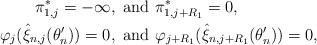
LaTeX: \begin{align*}\pi^*_{1,j}=-\infty, ~&\mathrm{and}~\pi^*_{1,j+R_1}=0,\\\varphi_j(\hat{\xi}_{n,j}(\theta'_n))=0, ~&\mathrm{and}~\varphi_{j+R_1}(\hat{\xi}_{n,j+R_1}(\theta'_n))=0,\end{align*}